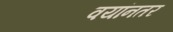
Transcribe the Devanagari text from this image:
वयांनतर